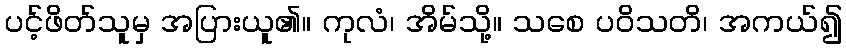
ပင့်ဖိတ်သူမှ အပြားယူ၏။ ကုလံ၊ အိမ်သို့။ သစေ ပဝိသတိ၊ အကယ်၍